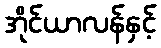
အိုင်ယာလန်နှင့်